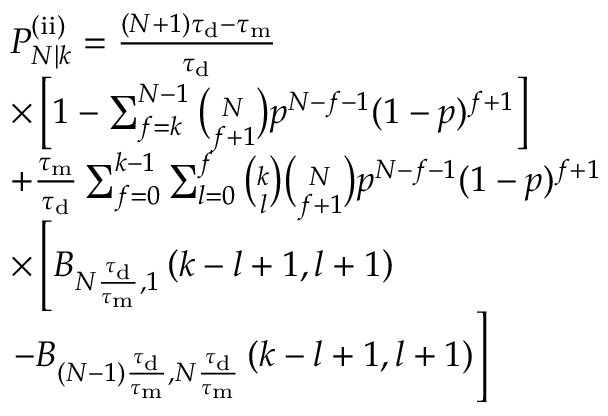
\begin{array} { r l } & { P _ { N | k } ^ { \mathrm { ( i i ) } } = \frac { ( N + 1 ) \tau _ { \mathrm { d } } - \tau _ { \mathrm { m } } } { \tau _ { \mathrm { d } } } } \\ & { \times \left[ 1 - \sum _ { f = k } ^ { N - 1 } \binom { N } { f + 1 } p ^ { N - f - 1 } ( 1 - p ) ^ { f + 1 } \right] } \\ & { + \frac { \tau _ { \mathrm { m } } } { \tau _ { \mathrm { d } } } \sum _ { f = 0 } ^ { k - 1 } \sum _ { l = 0 } ^ { f } \binom { k } { l } \binom { N } { f + 1 } p ^ { N - f - 1 } ( 1 - p ) ^ { f + 1 } } \\ & { \times \left[ B _ { N \frac { \tau _ { \mathrm { d } } } { \tau _ { \mathrm { m } } } , 1 } \left( k - l + 1 , l + 1 \right) \right. } \\ & { \left. - B _ { ( N - 1 ) \frac { \tau _ { \mathrm { d } } } { \tau _ { \mathrm { m } } } , N \frac { \tau _ { \mathrm { d } } } { \tau _ { \mathrm { m } } } } \left( k - l + 1 , l + 1 \right) \right] } \end{array}